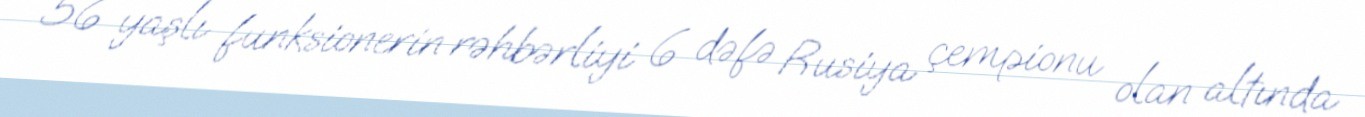
56 yaşlı funksionerin rəhbərliyi 6 dəfə Rusiya çempionu olan altında